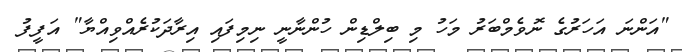
"އަންނަ އަހަރުގެ ނޮވެމްބަރު މަހު މި ބިލްޑިން ހުންނާނީ ނިމިފައި އިރާދަކުރެއްވިއްޔާ" އަފީފު